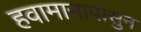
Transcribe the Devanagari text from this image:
हवामानापासुन